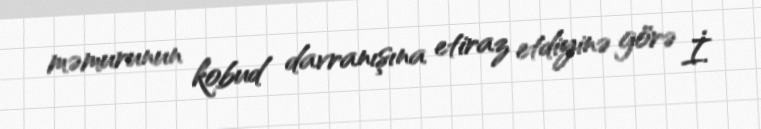
məmurunun kobud davranışına etiraz etdiyinə görə İ.